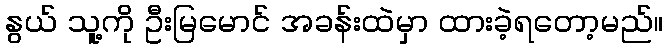
နွယ် သူ့ကို ဦးမြမောင် အခန်းထဲမှာ ထားခဲ့ရတော့မည်။